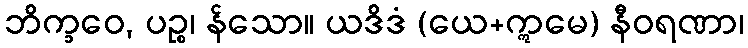
ဘိက္ခဝေ, ပဉ္စ၊ န်သော။ ယဒိဒံ (ယေ+ဣမေ) နီဝရဏာ၊